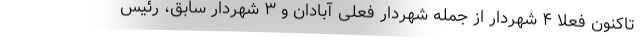
تاکنون فعلا ۴ شهردار از جمله شهردار فعلی آبادان و ۳ شهردار سابق، رئیس